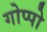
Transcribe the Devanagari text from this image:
गोप्पो